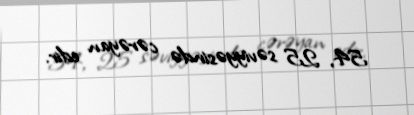
54, 25 səviyyəsində cərəyan edir.